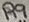
Text: R9